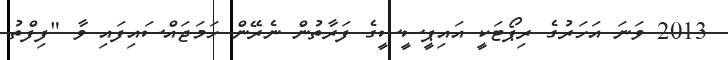
2013 ވަނަ އަހަރުގެ ރިޕޯޓަކީ އައިޕީސީސީގެ ފަރާތުން ނެރޭން ހަމަޖައްސައިފައި ވާ "ފިފްތު